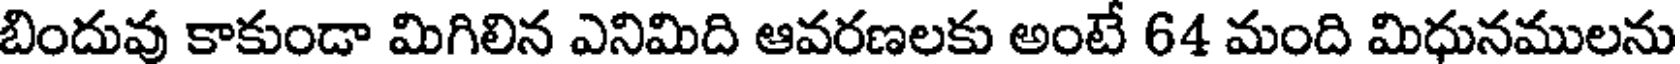
బిందువు కాకుండా మిగిలిన ఎనిమిది ఆవరణలకు అంటే 64 మంది మిధునములను